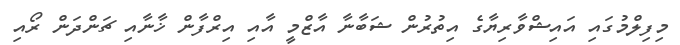
މިފިލްމުގައި އައިޝްވާރިޔާގެ އިތުރުން ޝަބާނާ އާޒްމީ އާއި އިރްފާން ޚާނާއި ޗަންދަން ރޯއި